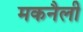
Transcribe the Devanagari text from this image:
मकनैली